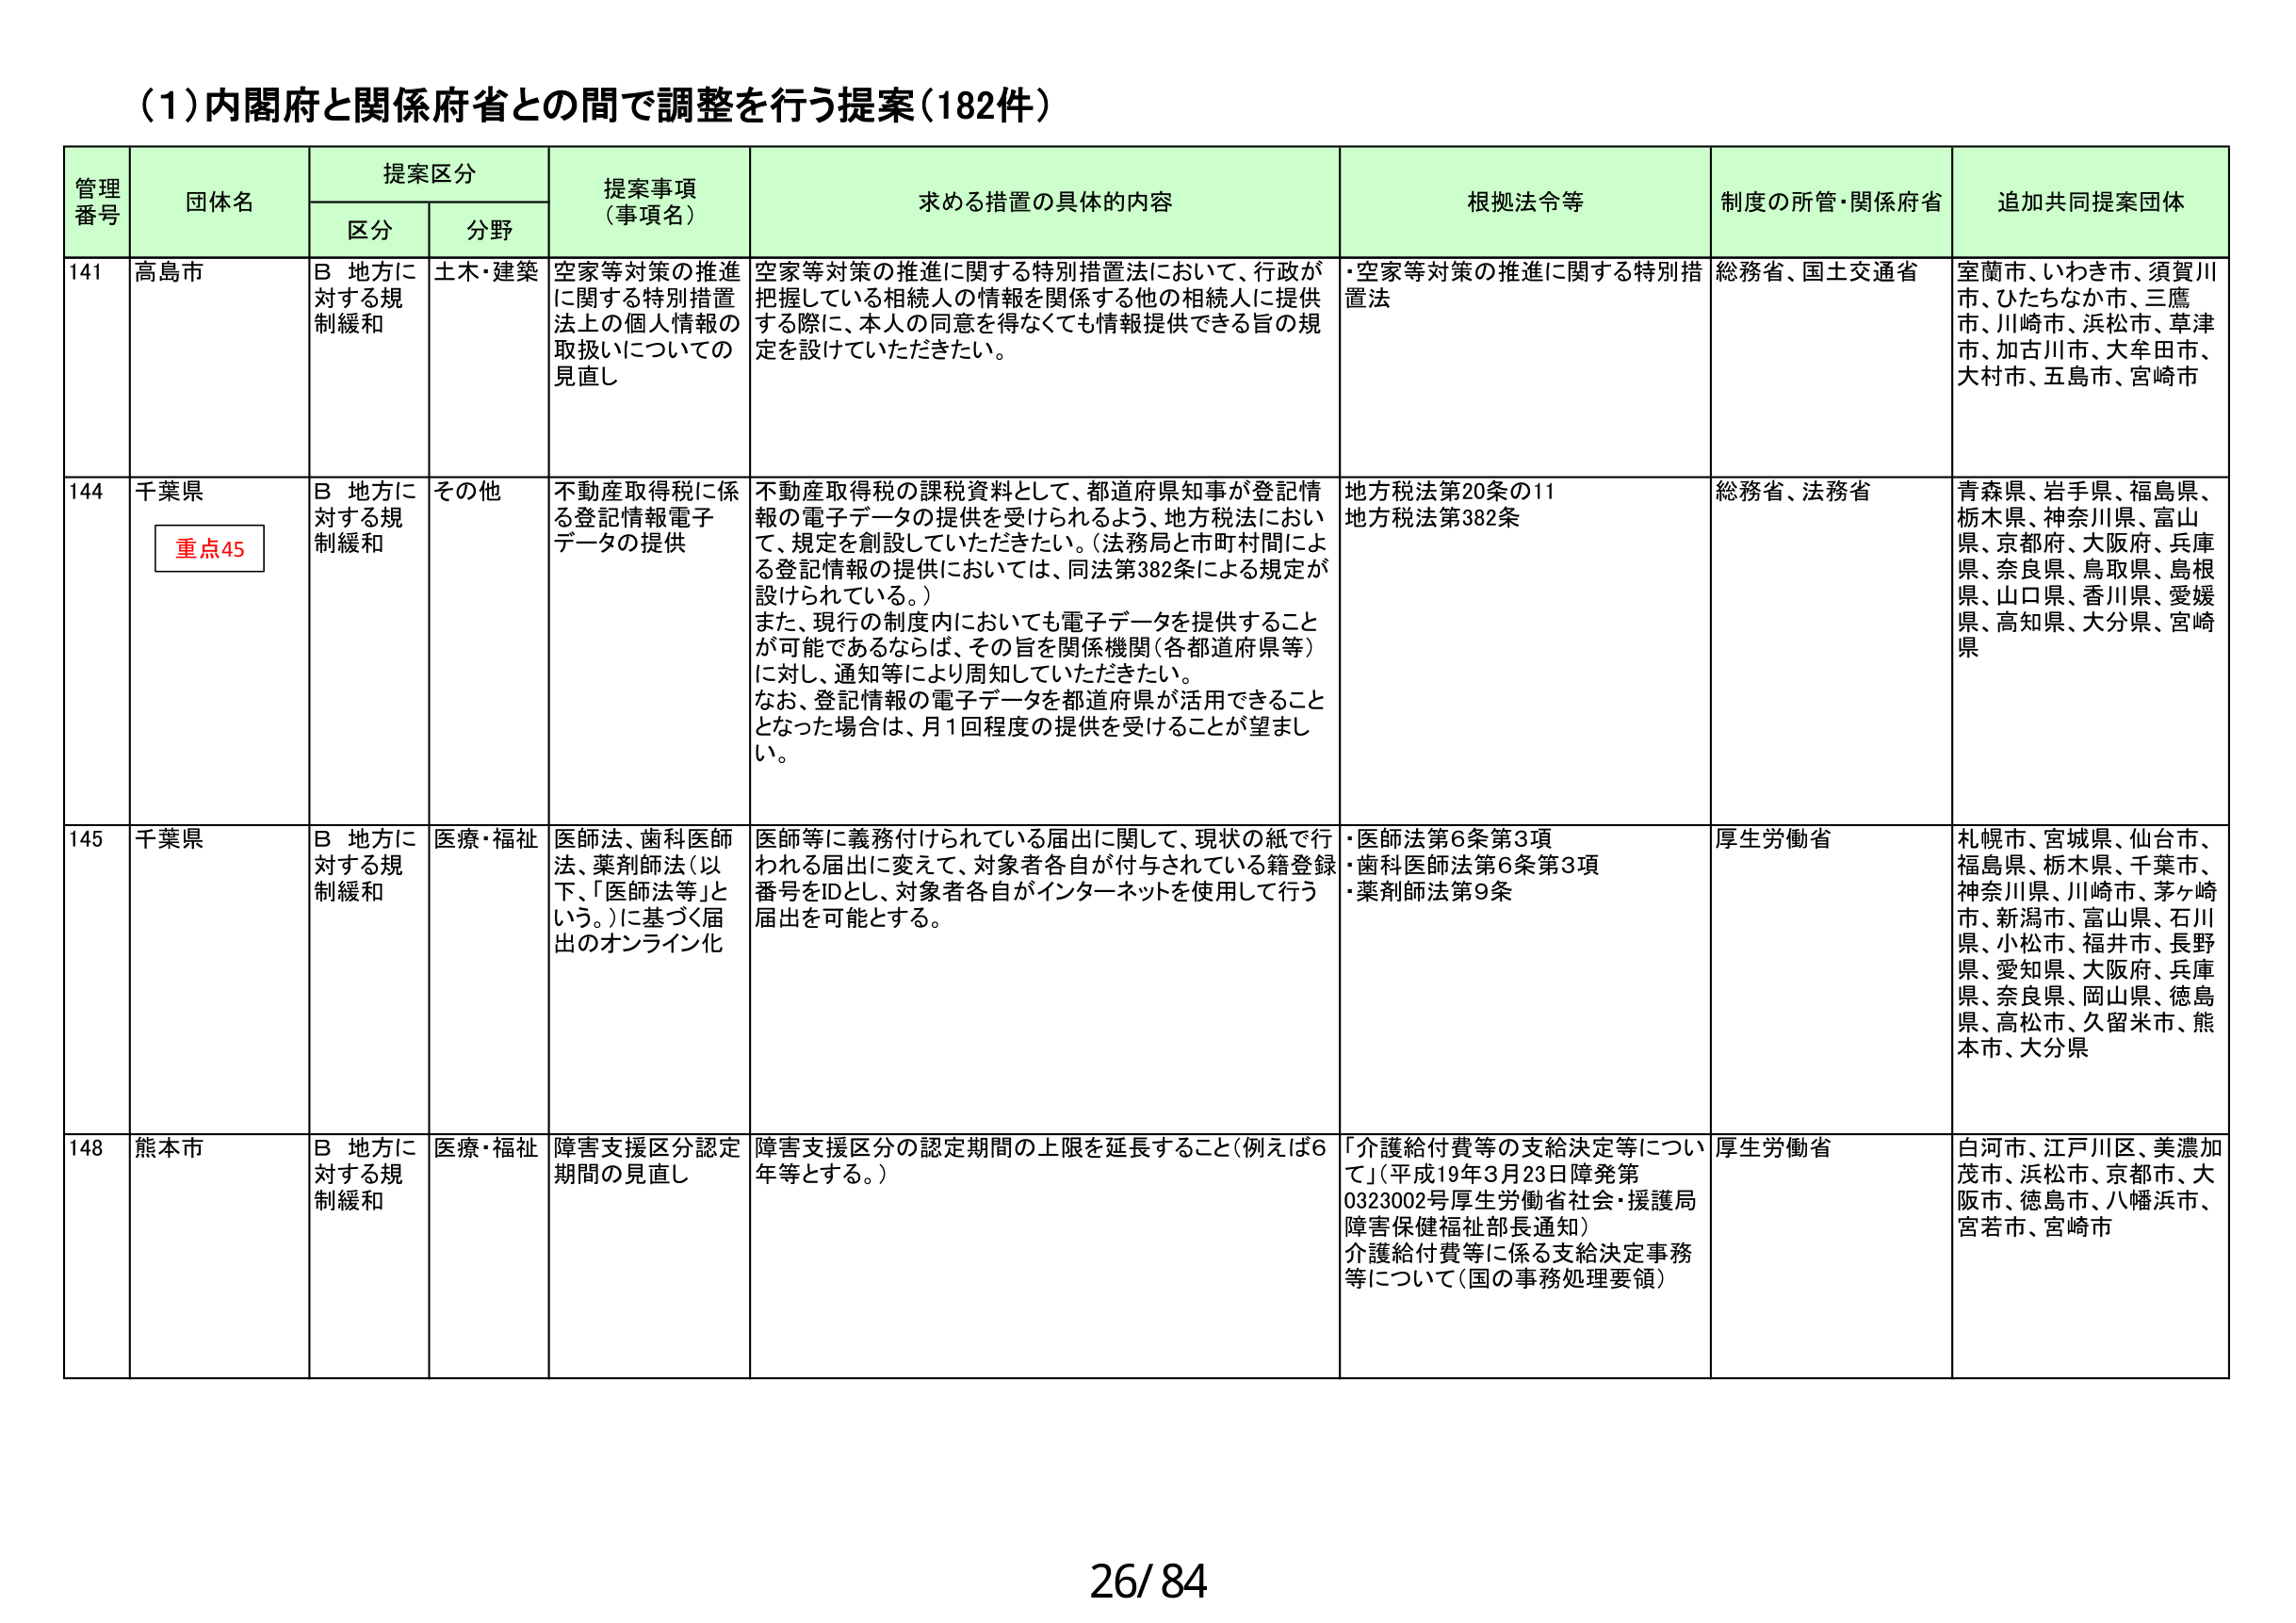
(1)内閣府と関係府省との間で調整を行う提案(182件)

管理番号 団体名 提案区分 提案事項 (事項名) 求める措置の具体的内容 根拠法令等 制度の所管・関係府省 追加共同提案団体
区分 分野

141 高島市 B 地方に対する規制緩和 土木・建築 空家等対策の推進に関する特別措置法上の個人情報の取扱いについての見直し 空家等対策の推進に関する特別措置法において、行政が把握している相続人の情報を関係する他の相続人に提供する際に、本人の同意を得なくても情報提供できる旨の規定を設けていただきたい。 ・空家等対策の推進に関する特別措置法 総務省、国土交通省 室蘭市、いわき市、須賀川市、ひたちなか市、三鷹市、川崎市、浜松市、草津市、加古川市、大牟田市、大村市、五島市、宮崎市

144 千葉県 重点45 B 地方に対する規制緩和 その他 不動産取得税に係る登記情報電子データの提供 不動産取得税の課税資料として、都道府県知事が登記情報の電子データの提供を受けられるよう、地方税法において、規定を創設していただきたい。(法務局と市町村間による登記情報の提供においては、同法第382条による規定が設けられている。) また、現行の制度内においても電子データを提供することが可能であるならば、その旨を関係機関(各都道府県等)に対し、通知等により周知していただきたい。 なお、登記情報の電子データを都道府県が活用できることとなった場合は、月1回程度の提供を受けることが望ましい。 地方税法第20条の11 地方税法第382条 総務省、法務省 青森県、岩手県、福島県、栃木県、神奈川県、富山県、京都府、大阪府、兵庫県、奈良県、鳥取県、島根県、山口県、香川県、愛媛県、高知県、大分県、宮崎県

145 千葉県 B 地方に対する規制緩和 医療・福祉 医師法、歯科医師法、薬剤師法(以下、「医師法等」という。)に基づく届出のオンライン化 医師等に義務付けられている届出に関して、現状の紙で行われる届出に変えて、対象者各自が付与されている籍登録番号をIDとし、対象者各自がインターネットを使用して行う届出を可能とする。 ・医師法第6条第3項 ・歯科医師法第6条第3項 ・薬剤師法第9条 厚生労働省 札幌市、宮城県、仙台市、福島県、栃木県、千葉市、神奈川県、川崎市、茅ヶ崎市、新潟市、富山県、石川県、小松市、福井市、長野県、愛知県、大阪府、兵庫県、奈良県、岡山県、徳島県、高松市、久留米市、熊本市、大分県

148 熊本市 B 地方に対する規制緩和 医療・福祉 障害支援区分認定期間の見直し 障害支援区分の認定期間の上限を延長すること(例えば6年等とする。) 「介護給付費等の支給決定等について」(平成19年3月23日障発第0323002号厚生労働省社会・援護局障害保健福祉部長通知) 介護給付費等に係る支給決定事務等について(国の事務処理要領) 厚生労働省 白河市、江戸川区、美濃加茂市、浜松市、京都市、大阪市、徳島市、八幡浜市、宮若市、宮崎市

26/84